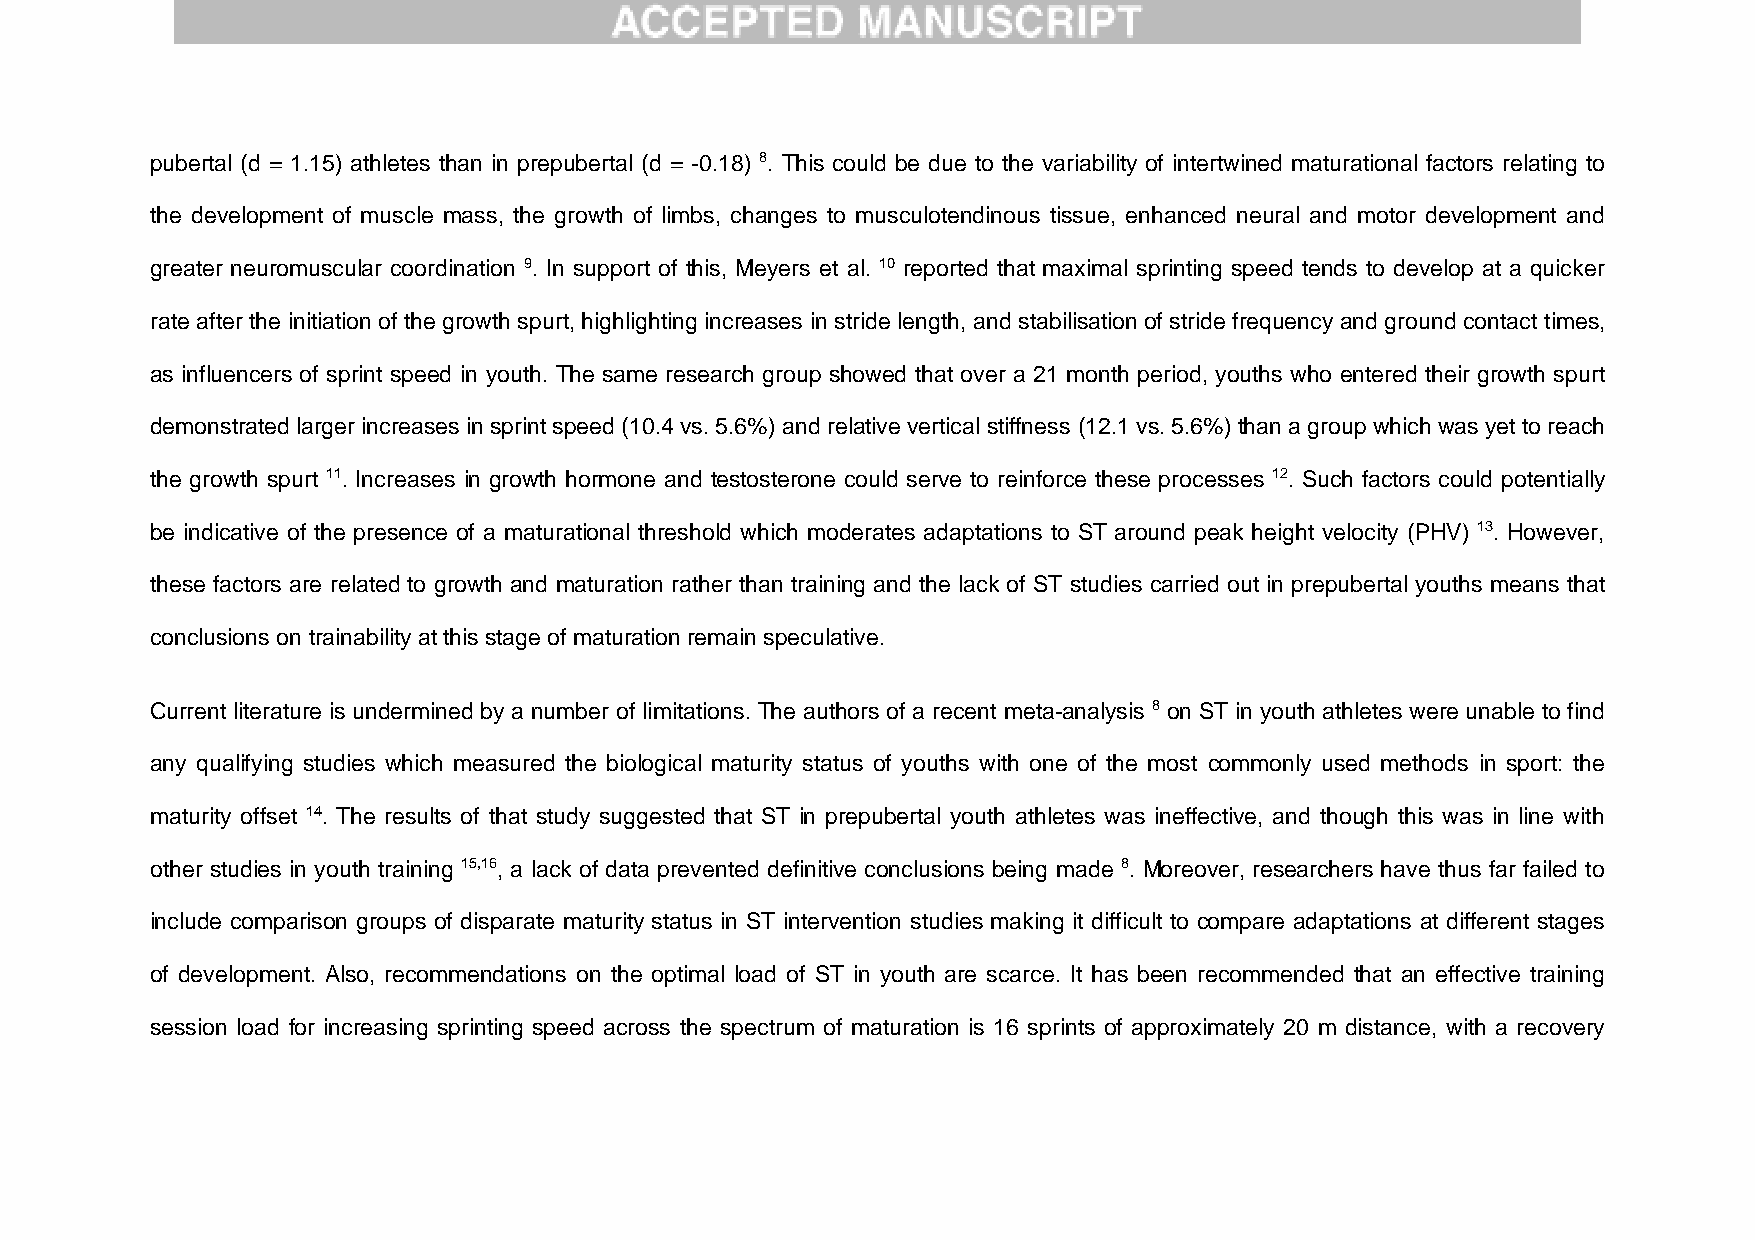
pubertal (d = 1.15) athletes than in prepubertal (d = -0.18) 8. This could be due to the variability of intertwined maturational factors relating to
 the development of muscle mass, the growth of limbs, changes to musculotendinous tissue, enhanced neural and motor development and
 greater neuromuscular coordination 9. In support of this, Meyers et al. 10 reported that maximal sprinting speed tends to develop at a quicker
 rate after the initiation of the growth spurt, highlighting increases in stride length, and stabilisation of stride frequency and ground contact times,
 as influencers of sprint speed in youth. The same research group showed that over a 21 month period, youths who entered their growth spurt
 demonstrated larger increases in sprint speed (10.4 vs. 5.6%) and relative vertical stiffness (12.1 vs. 5.6%) than a group which was yet to reach
 the growth spurt 11. Increases in growth hormone and testosterone could serve to reinforce these processes 12. Such factors could potentially
 be indicative of the presence of a maturational threshold which moderates adaptations to ST around peak height velocity (PHV) 13. However,
 these factors are related to growth and maturation rather than training and the lack of ST studies carried out in prepubertal youths means that
 conclusions on trainability at this stage of maturation remain speculative.
 Current literature is undermined by a number of limitations. The authors of a recent meta-analysis 8 on ST in youth athletes were unable to find
 any qualifying studies which measured the biological maturity status of youths with one of the most commonly used methods in sport: the
 maturity offset 14. The results of that study suggested that ST in prepubertal youth athletes was ineffective, and though this was in line with
 other studies in youth training 15,16, a lack of data prevented definitive conclusions being made 8. Moreover, researchers have thus far failed to
 include comparison groups of disparate maturity status in ST intervention studies making it difficult to compare adaptations at different stages
 of development. Also, recommendations on the optimal load of ST in youth are scarce. It has been recommended that an effective training
 session load for increasing sprinting speed across the spectrum of maturation is 16 sprints of approximately 20 m distance, with a recovery